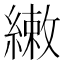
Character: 𬗳